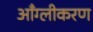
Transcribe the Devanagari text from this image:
आँग्लीकरण